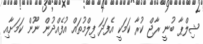
ޝިލްޕާ ބުނީ ރާޖް ކުރާ ކަމަކީ އެފަދަ ފިލްމުތައް އުފެއްދުން ނޫން ކަމަށާއި